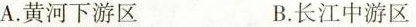
A.黄河下游区 B.长江中游区